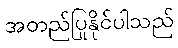
အတည်ပြုနိုင်ပါသည်